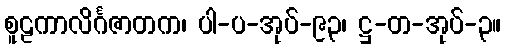
စူဠကာလိင်္ဂဇာတက၊ ပါ-ပ-အုပ်-၉၃၊ ဋ္ဌ-တ-အုပ်-၃။